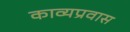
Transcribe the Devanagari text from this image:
काव्यप्रवास